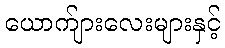
ယောက်ျားလေးများနှင့်